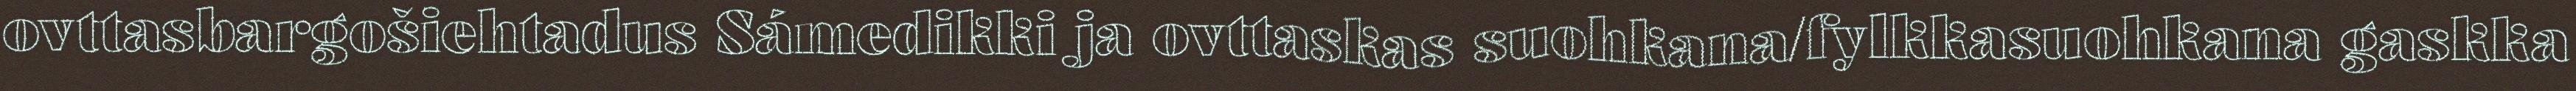
ovttasbargošiehtadus Sámedikki ja ovttaskas suohkana/fylkkasuohkana gaskka